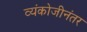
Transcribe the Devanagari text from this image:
व्यंकोजीनंतर